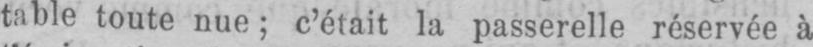
table toute nue; c’était la passerelle réservée à